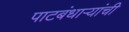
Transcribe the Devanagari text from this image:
पाटबंधाऱ्यांची